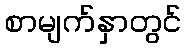
စာမျက်နှာတွင်